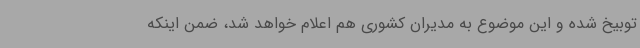
توبیخ شده و این موضوع به مدیران کشوری هم اعلام خواهد شد، ضمن اینکه